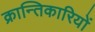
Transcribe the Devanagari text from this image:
क्रान्‍तिकारियों